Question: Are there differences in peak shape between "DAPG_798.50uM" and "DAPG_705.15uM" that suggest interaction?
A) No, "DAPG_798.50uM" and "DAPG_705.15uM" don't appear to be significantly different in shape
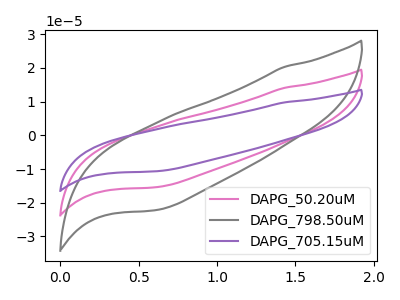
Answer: <think>The pink curve "DAPG_50.20uM" has no peaks. The gray curve "DAPG_798.50uM" has no peaks. The purple curve "DAPG_705.15uM" has no peaks.
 Neither "DAPG_798.50uM" or "DAPG_705.15uM" have any peaks.</think>
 <answer>A) No, "DAPG_798.50uM" and "DAPG_705.15uM" don't appear to be significantly different in shape</answer>
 <eval>A</eval>